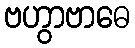
ဗဟွာဗာဓေ